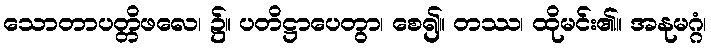
သောတာပတ္တိဖလေ၊ ၌။ ပတိဋ္ဌာပေတွာ၊ စေ၍။ တဿ၊ ထိုမင်း၏။ အနုမဂ္ဂံ၊